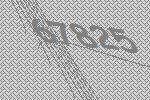
67825